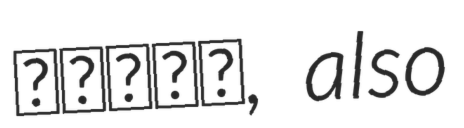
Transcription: شيخان, also